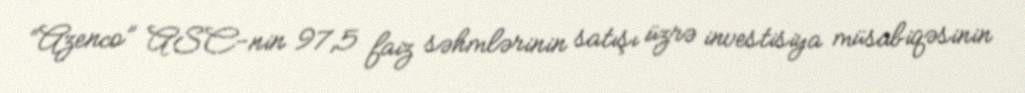
“Azenco” ASC-nin 97,5 faiz səhmlərinin satışı üzrə investisiya müsabiqəsinin